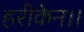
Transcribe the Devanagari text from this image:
हरीकेन।।